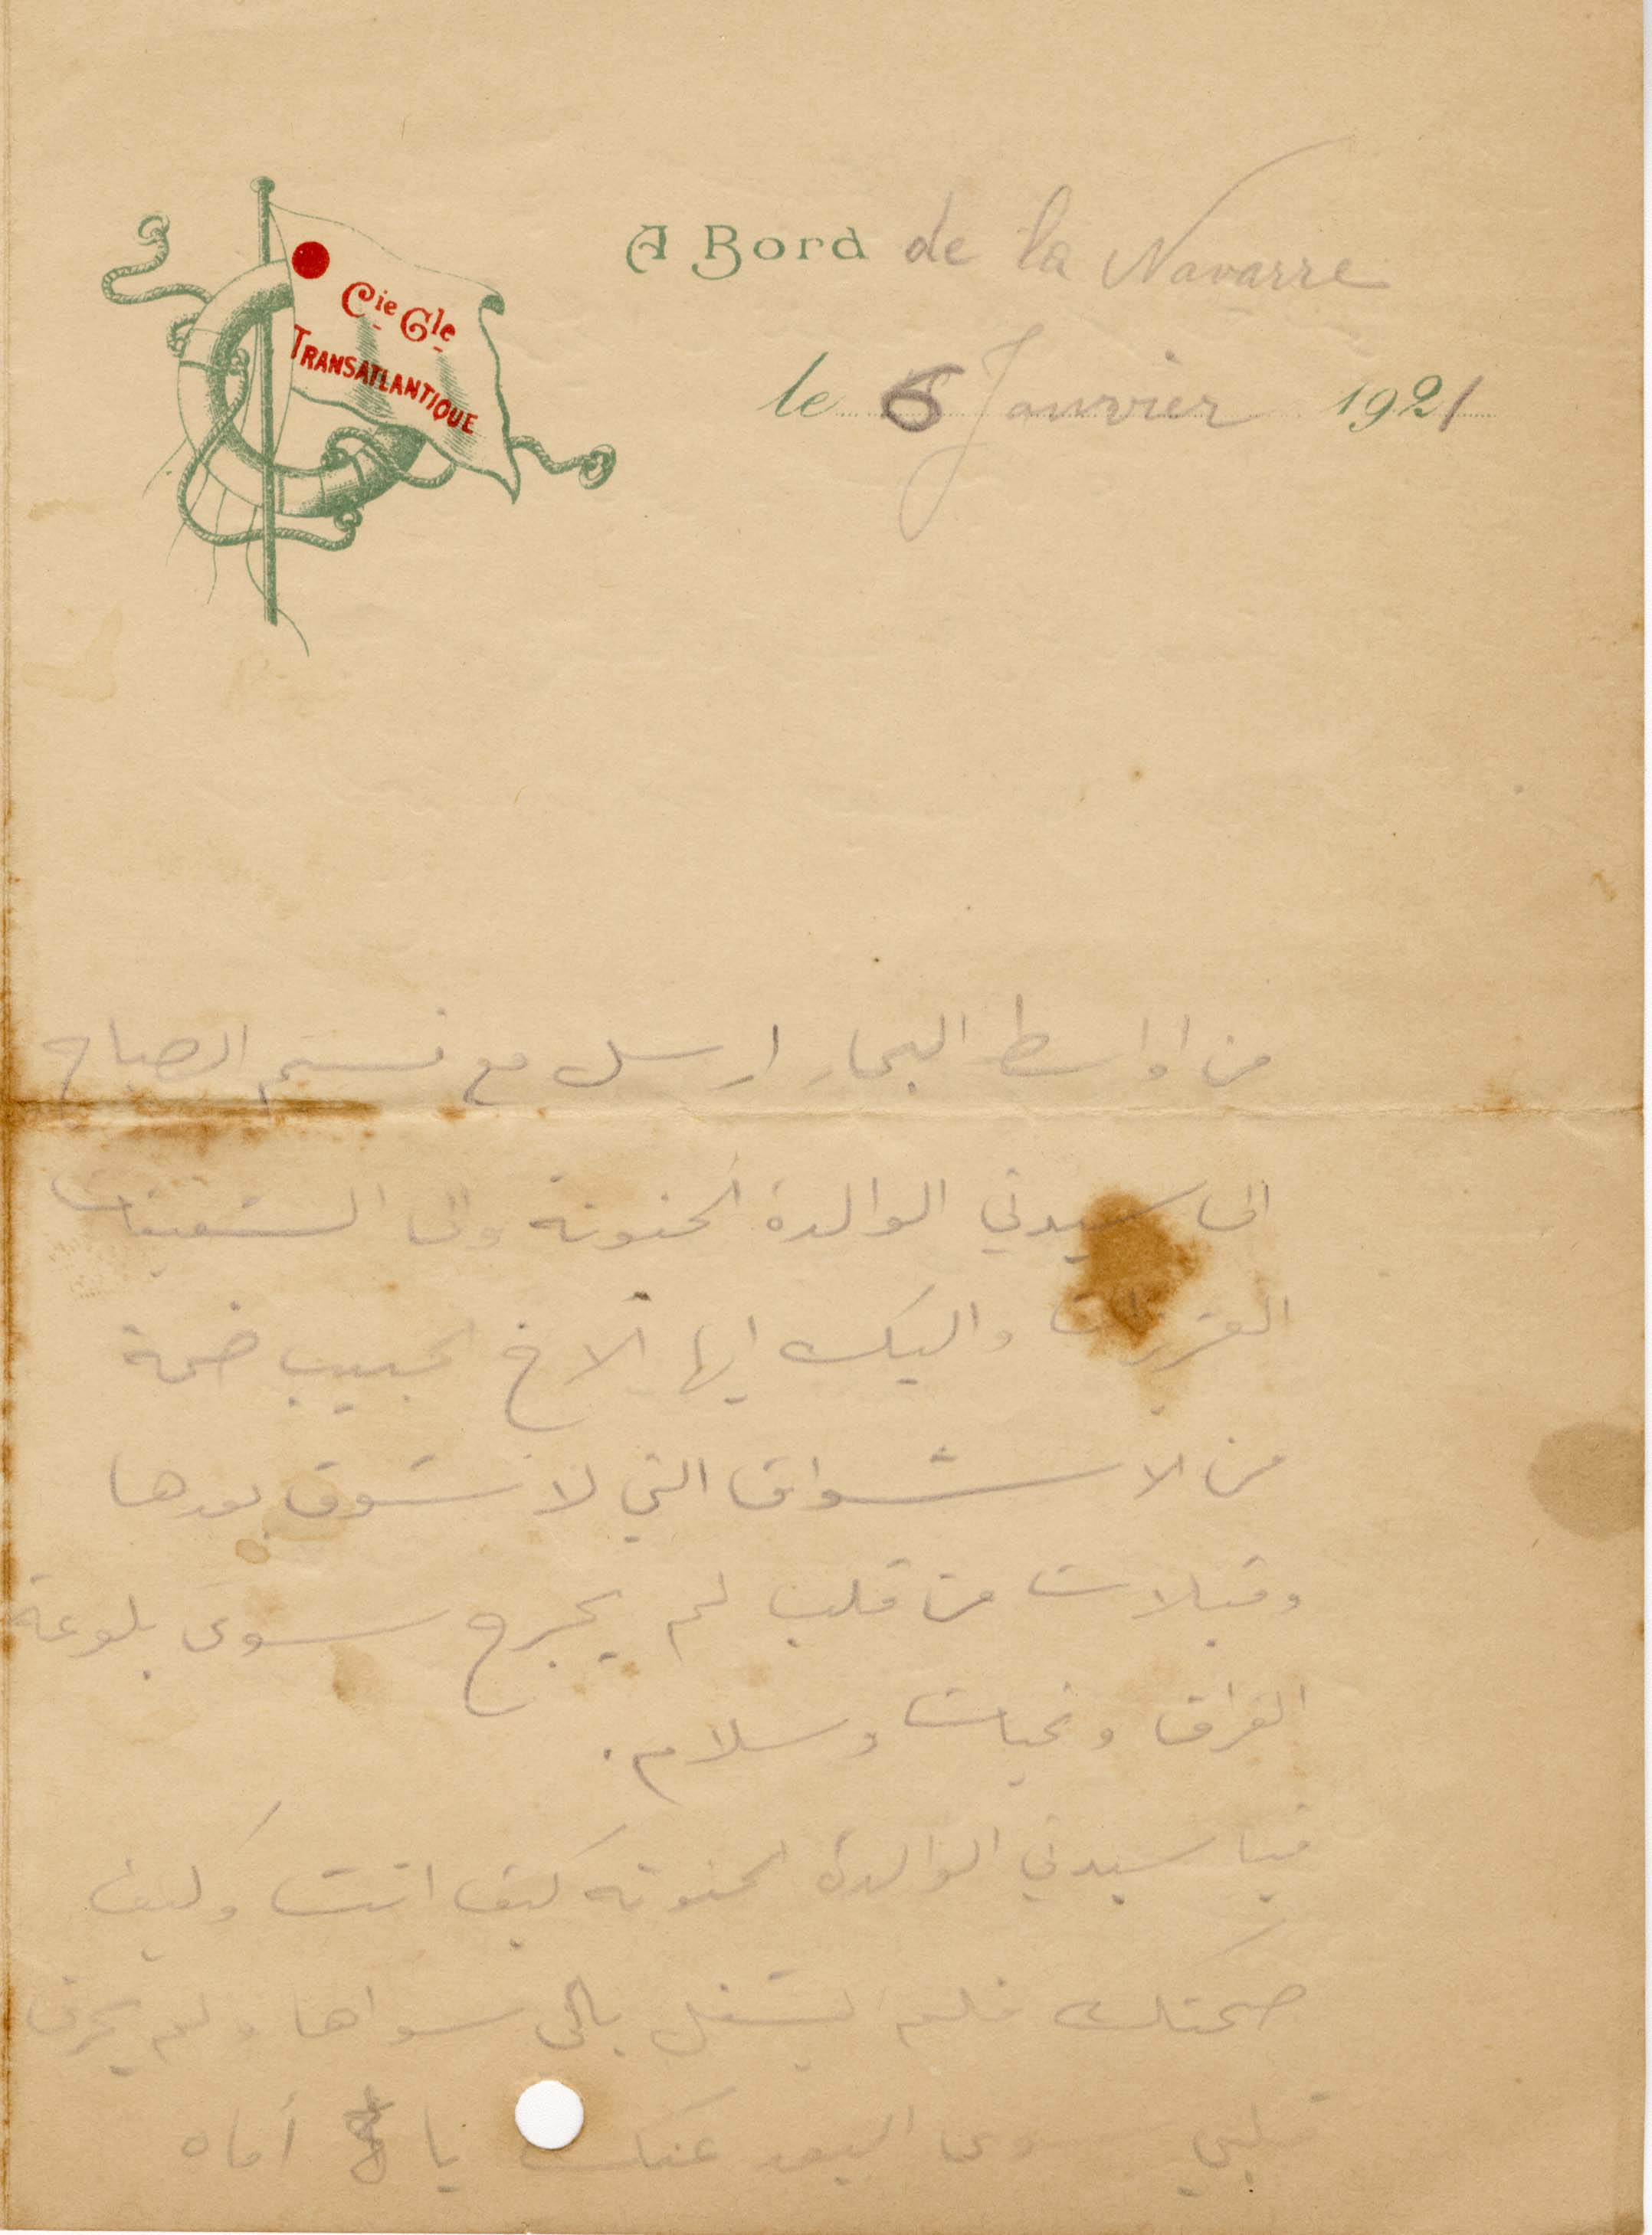
من أواسط البحار ارسل مع نسيم الصباح
الي سيدتي الوالدة الحنونة والى الشقيقات
العزيزات واليك أيها الأخ الحبيب ضمة
من الاشواق التي لا ستوف بعدها
وقبلات من قلب لم يجرح سوى بلوغه
الفراق وتحيات وسلام.
فيا سيدتي الوالدة الحنونة كيف انت وكيف
صحتك فلم يشغل بالي سواها ولم يحرق
قلبي سوى البعد عنك يا اماه